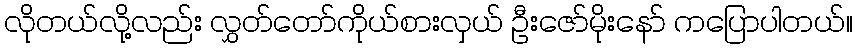
လိုတယ်လို့လည်း လွှတ်တော်ကိုယ်စားလှယ် ဦးဇော်မိုးနော် ကပြောပါတယ်။